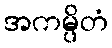
အကမ္ပိတံ